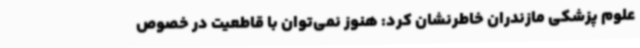
علوم پزشکی مازندران خاطرنشان کرد: هنوز نمی‌توان با قاطعیت در خصوص